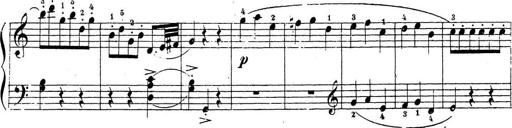
Title: 10 Sonatinas
Composer: Fritz Spindler